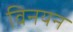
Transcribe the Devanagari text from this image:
विनयन